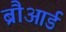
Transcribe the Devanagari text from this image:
ब्रौआर्ड